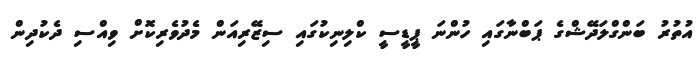
އުތުރު ބަންގްލަދޭޝްގެ ޕަބްނާގައި ހުންނަ ޕީޑީސީ ކްލިނިކުގައި ސިޒޭރިއަން މެދުވެރިކޮށް ވިއްސި ދެކުދިން